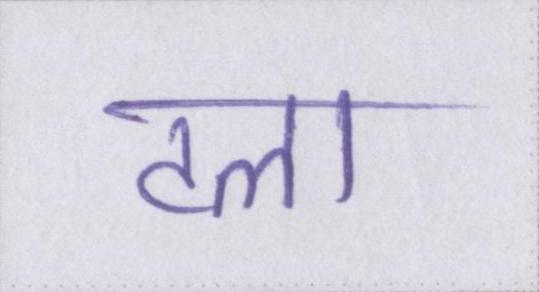
टला